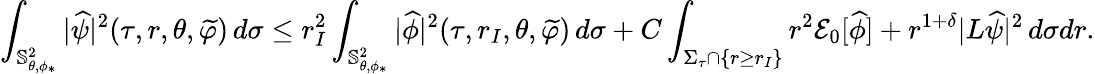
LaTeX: \int_{\mathbb{S}_{\theta,\phi_{*}}^{2}}|\widehat{\psi}|^{2}(\tau,r,\theta,\widetilde{\varphi})\, d\sigma\leq r_{I}^{2}\int_{\mathbb{S}_{\theta,\phi_{*}}^{2}}|\widehat{\phi}|^{2}(\tau,r_{I},\theta,\widetilde{\varphi})\, d\sigma+C\int_{\Sigma_{\tau}\cap\{ r\geq r_{I}\} }r^{2}\mathcal{E}_{0}[\widehat{\phi}]+r^{1+\delta}|L\widehat{\psi}|^{2}\, d\sigma dr.